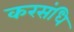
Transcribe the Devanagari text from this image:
करसंधि